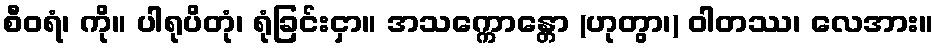
စီဝရံ၊ ကို။ ပါရုပိတုံ၊ ရုံခြင်းငှာ။ အသက္ကောန္တော (ဟုတွာ၊) ဝါတဿ၊ လေအား။